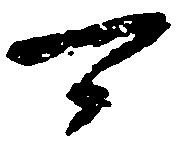
可